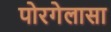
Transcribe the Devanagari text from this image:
पोरगेलासा